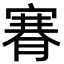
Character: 𦞫